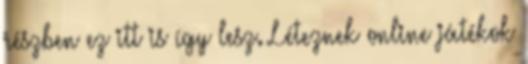
részben ez itt is így lesz. Léteznek online játékok